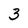
Character: 3